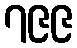
၇၉၉